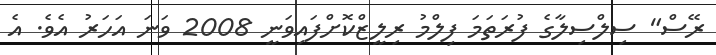
ރޭސް" ސިލްސިލާގެ ފުރަތަމަ ފިލްމު ރިލީޒްކޮށްފައިވަނީ 2008 ވަނަ އަހަރު އެވެ. އެ